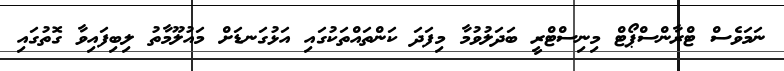
ނަމަވެސް ޓްރާންސްޕޯޓް މިނިސްޓްރީ ބަދަލުވުމާ މިފަދަ ކަންތައްތަކުގައި އަޅުގަނޑަށް މައުލޫމާތު ލިބިފައިވާ ގޮތުގައި